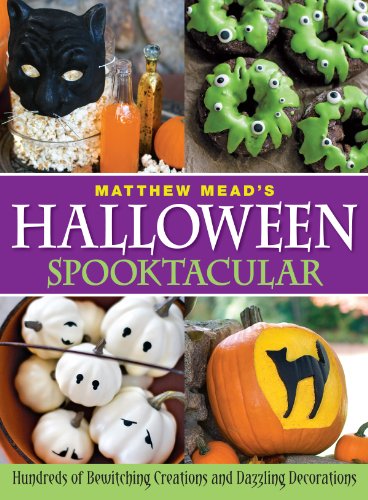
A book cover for Matthew Mead's Halloween Spooktacular; Matthew Mead; Cookbooks, Food & Wine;